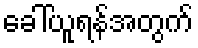
ခေါ်ယူရန်အတွက်